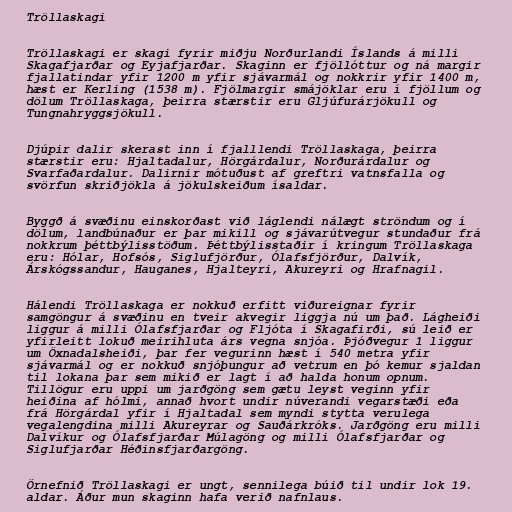
Tröllaskagi

Tröllaskagi er skagi fyrir miðju Norðurlandi Íslands á milli
Skagafjarðar og Eyjafjarðar. Skaginn er fjöllóttur og ná margir
fjallatindar yfir 1200 m yfir sjávarmál og nokkrir yfir 1400 m,
hæst er Kerling (1538 m). Fjölmargir smájöklar eru í fjöllum og
dölum Tröllaskaga, þeirra stærstir eru Gljúfurárjökull og
Tungnahryggsjökull.

Djúpir dalir skerast inn í fjalllendi Tröllaskaga, þeirra
stærstir eru: Hjaltadalur, Hörgárdalur, Norðurárdalur og
Svarfaðardalur. Dalirnir mótuðust af greftri vatnsfalla og
svörfun skriðjökla á jökulskeiðum ísaldar.

Byggð á svæðinu einskorðast við láglendi nálægt ströndum og í
dölum, landbúnaður er þar mikill og sjávarútvegur stundaður frá
nokkrum þéttbýlisstöðum. Þéttbýlisstaðir í kringum Tröllaskaga
eru: Hólar, Hofsós, Siglufjörður, Ólafsfjörður, Dalvík,
Árskógssandur, Hauganes, Hjalteyri, Akureyri og Hrafnagil.

Hálendi Tröllaskaga er nokkuð erfitt viðureignar fyrir
samgöngur á svæðinu en tveir akvegir liggja nú um það. Lágheiði
liggur á milli Ólafsfjarðar og Fljóta í Skagafirði, sú leið er
yfirleitt lokuð meirihluta árs vegna snjóa. Þjóðvegur 1 liggur
um Öxnadalsheiði, þar fer vegurinn hæst í 540 metra yfir
sjávarmál og er nokkuð snjóþungur að vetrum en þó kemur sjaldan
til lokana þar sem mikið er lagt í að halda honum opnum.
Tillögur eru uppi um jarðgöng sem gætu leyst veginn yfir
heiðina af hólmi, annað hvort undir núverandi vegarstæði eða
frá Hörgárdal yfir í Hjaltadal sem myndi stytta verulega
vegalengdina milli Akureyrar og Sauðárkróks. Jarðgöng eru milli
Dalvíkur og Ólafsfjarðar Múlagöng og milli Ólafsfjarðar og
Siglufjarðar Héðinsfjarðargöng.

Örnefnið Tröllaskagi er ungt, sennilega búið til undir lok 19.
aldar. Áður mun skaginn hafa verið nafnlaus.